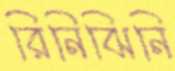
রিনিঝিনি